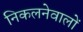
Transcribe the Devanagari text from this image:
निकलनेवालों